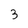
Character: 3